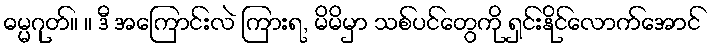
ဓမ္မဂုတ်။ ။ ဒီ အကြောင်းလဲ ကြားရ, မိမိမှာ သစ်ပင်တွေကို ရှင်းနိုင်လောက်အောင်